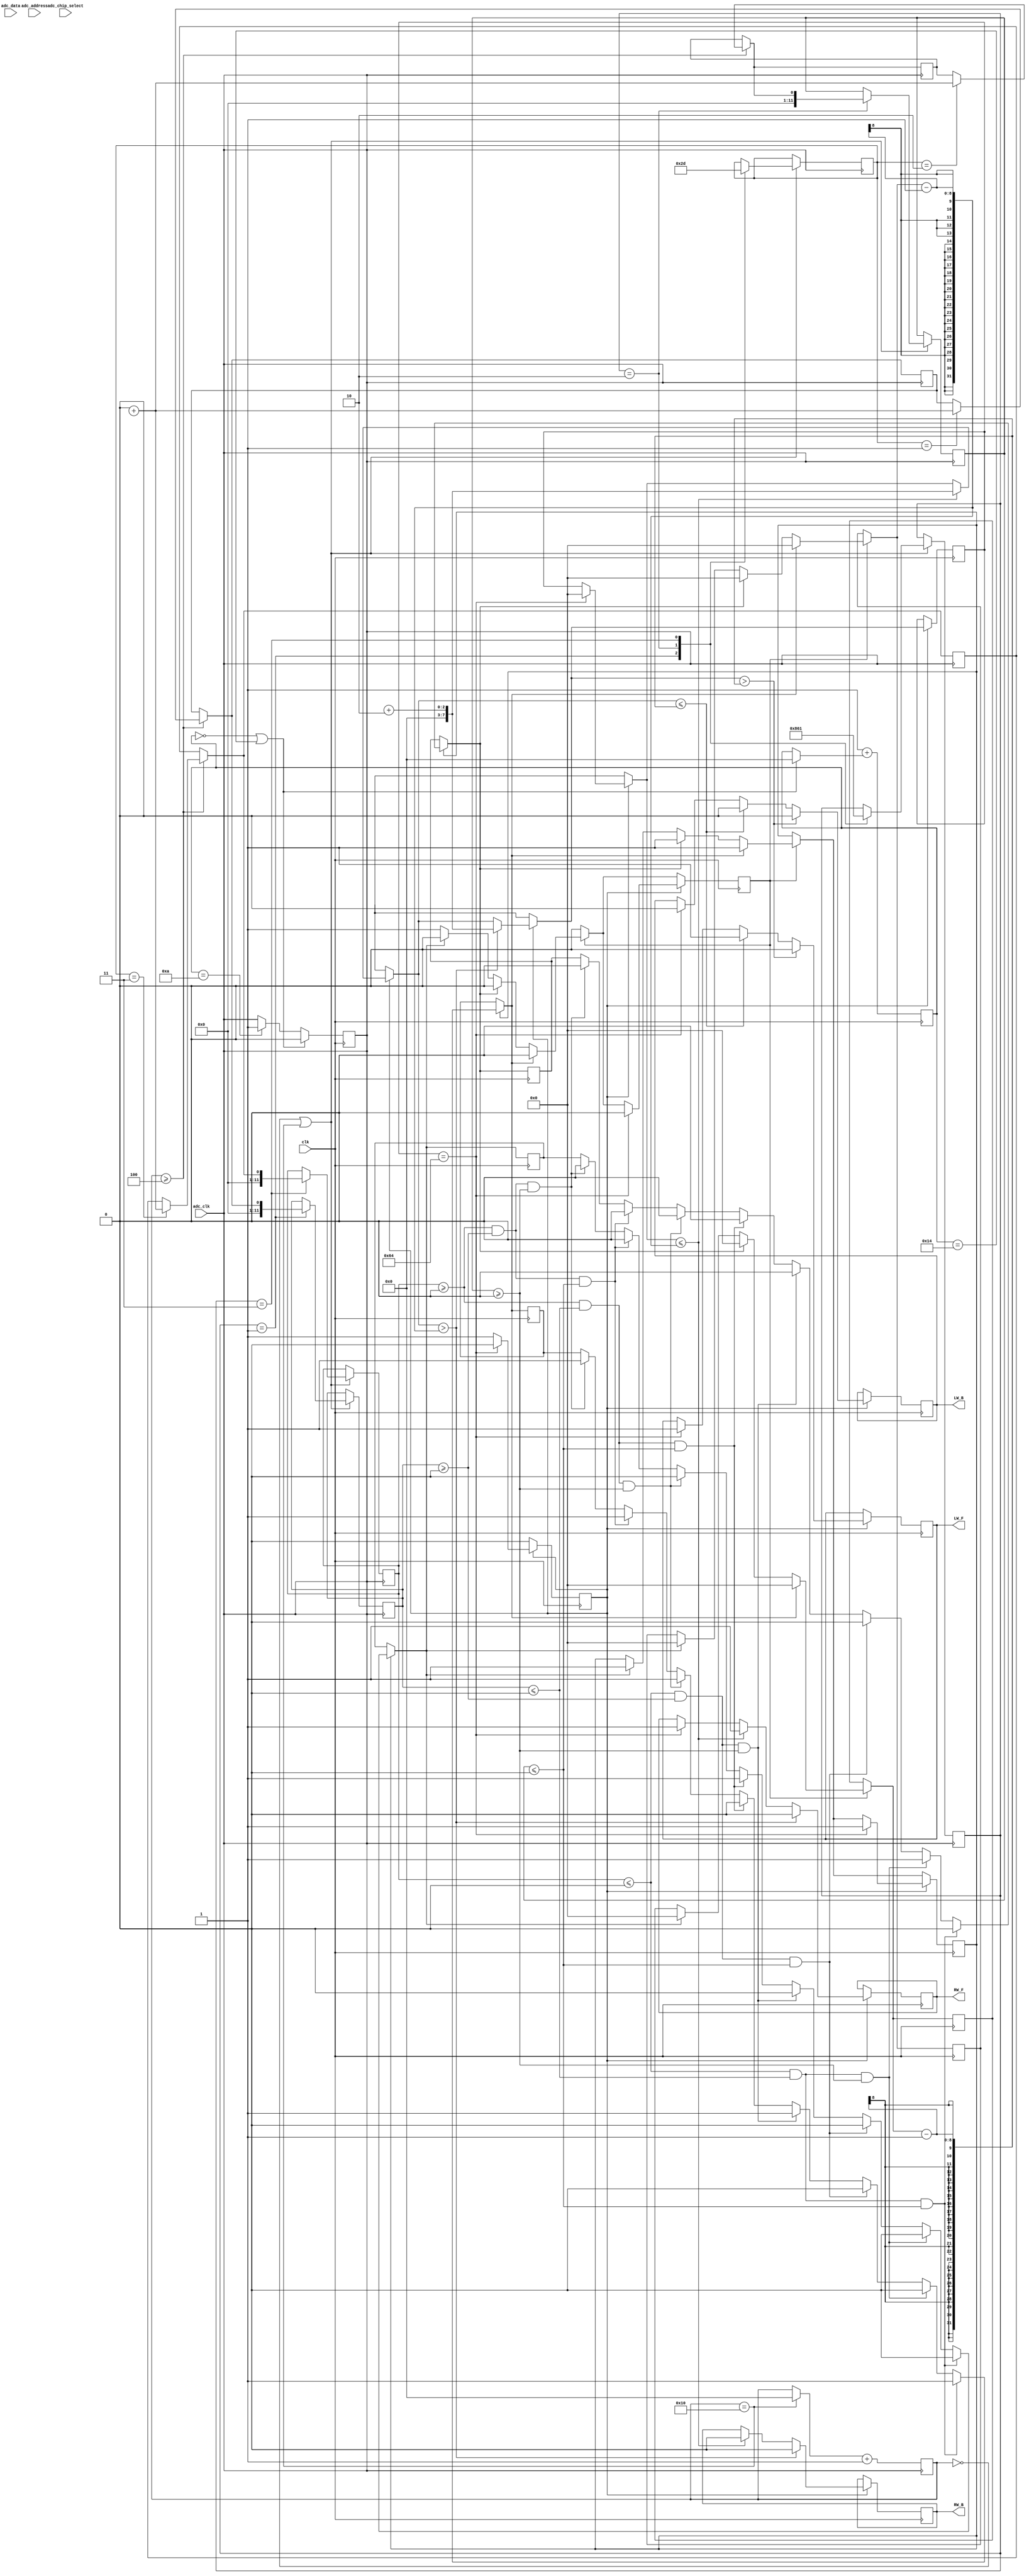
module line_follower (

      // GLOBAL CLOCK 
		
		input clk ,
	 
	  // ADC DATA AND ADDRESS DECLARATION  
	 
      input adc_data ,
	   input adc_chip_select ,
	   input adc_address ,
	   input adc_clk ,	
		 
		output RW_F ,              // Right wheel front side  
		output RW_B ,					// Right wheel front side
		output LW_F ,					// Left wheel  front side
		output LW_B 					// Left wheel  front side
		
		
		
	) ;


// --- ADC PARAMETERS INITALIZATION 
	
	
// ___ adc clock declarations ___ 
	
reg    [4:0]counter_25  = 5'b0 ;
reg    clk_adc          = 0    ;
assign adc_clk          = clk_adc   ;


// ___ adc chip select declarations ___ 

wire   [1:0] chip_select_adc  = 2'b0 ;
assign adc_chip_select        = chip_select_adc ;


// ___ adc address declarations ____ 

reg    address_adc            = 0 ;
assign adc_address           = address_adc ;
reg    [4:0] address_counter = 5'b00 ;

localparam 
				df_1 = 2'b01 ,
			   df_2 = 2'b10 ,
				df_3 = 2'b11 ;
				
reg [1:0]cs = df_1 ;

reg  [4:0]channel_counter = 5'b00 ;

localparam 
            channel_1 = 2'b01 ,
				channel_2 = 2'b10 ,
				channel_3 = 2'b11 ;

reg [4:0] cc = channel_1 ;


// adc data declarations 

reg [11:0] L_linesensor = 0 ; 		  // channel 5 of ADC
reg [11:0] C_linesensor = 0 ;         // channel 6 of ADC	
reg [11:0] R_linesensor = 0 ;         // channel 7 of ADC

reg [11:0] Data_ch5 = 0 ;
reg [11:0] Data_ch6 = 0 ;
reg [11:0] Data_ch7 = 0 ;

localparam 
            data_1 = 2'b01 ,
				data_2 = 2'b10 ,
				data_3 = 2'b11 ;
				
reg [1:0] cf = data_1 ;

	
	
// --- MOTOR PARAMATERS INITALIZATION 
	
reg white_threshold 		       		=  0 ; // <---| > 1V 
reg [7:0]lower_dutycycle_threshold  =  0 ; // <---| 20 % 
reg [7:0]upper_dutycycle_threshold  =  0 ; // <---| 90 % 
reg [7:0]stop_dutycycle_threshold   =  0 ; // <---|  0 %

reg [7:0]pwm_counter = 8'b0 ;

reg rw_f = 0 ;
reg rw_b = 0 ;
reg lw_f = 0 ;
reg lw_b = 0 ;

reg [7:0]rw_dutycycle = 0 ;
reg [7:0]lw_dutycycle = 0 ;

assign RW_F =  rw_f ;
assign RW_B =  rw_b ;
assign LW_F =  lw_f ;
assign LW_B =  lw_b ;


reg flag_normal_movement  		= 0  ;
reg flag_right_movement  	   = 0  ;
reg flag_left_movement  		= 0  ;
reg flag_stop_movement        = 0  ;
reg flag_action               = 0  ;
reg flag_decision             = 1  ;


always @ (posedge clk )
begin
	
// --- 	MAIN LOOP WHICH DETECT THRESHOLD AND TAKE DECISION
			
/*      ___ OPERATION NAME ___			___ CONFIGURATION  ( L C R ) ___			___ CASE ___ 		___ ACTION ___*/     
	
// 		    OFF TRACK             				     W W W 	                           1						STOP 
//			    LEFT SHIFT							        W W B                             2						RIGHT MOVEMENT
//		     NORMAL OPERATION        			        W B W                             3						NORMAL FORWARD 
//          NOT POSSIBLE                          W B B 		                        4						STOP
//          RIGHT SHIFT				                 B W W                             5						LEFT MOVEMENT
//          NOT POSSIBLE                          B W B                             6						STOP
//          NOT POSSIBLE                          B B W  	                        7						STOP
//         NODE DETECTION 				              B B B                             8						STOP


if ( flag_decision == 1 )
begin

// CASE : 1 
	
	if ( L_linesensor <= white_threshold & C_linesensor <= white_threshold & R_linesensor <= white_threshold)
	begin 
	
		flag_normal_movement  		= 0  ;
		flag_right_movement  	   = 0  ;
		flag_left_movement  		   = 0  ;
		flag_stop_movement         = 1  ;
		
	end 
	

// CASE : 2 
	
	else if ( L_linesensor <= white_threshold & C_linesensor <= white_threshold & R_linesensor >= white_threshold)
	begin
	
		flag_normal_movement  		= 0  ;
		flag_right_movement  	   = 1  ;
		flag_left_movement  		   = 0  ;
		flag_stop_movement         = 0  ;
		
	end
	
	
// CASE : 3 
		
	else if ( L_linesensor <= white_threshold & C_linesensor >= white_threshold & R_linesensor <= white_threshold)
	begin
	
		flag_normal_movement  		= 1  ;
		flag_right_movement  	   = 0  ;
		flag_left_movement  		   = 0  ;
		flag_stop_movement         = 0  ;
		
	end
	
	
// CASE : 4 
	
	else if ( L_linesensor <= white_threshold & C_linesensor >= white_threshold & R_linesensor >= white_threshold)
	begin
	
		flag_normal_movement  		= 0  ;
		flag_right_movement  	   = 0  ;
		flag_left_movement  		   = 0  ;
		flag_stop_movement         = 1  ;

		
	end
	
	
// CASE : 5 
		
	else if ( L_linesensor >= white_threshold & C_linesensor <= white_threshold & R_linesensor <= white_threshold)
	begin
	
		flag_normal_movement  		= 0  ;
		flag_right_movement  	   = 0  ;
		flag_left_movement  		   = 1  ;
		flag_stop_movement         = 0  ;
	
	end
	

// CASE : 6 
		
	else if ( L_linesensor >= white_threshold & C_linesensor <= white_threshold & R_linesensor >= white_threshold)
	begin
	
		flag_normal_movement  		= 0  ;
		flag_right_movement  	   = 0  ;
		flag_left_movement  		   = 0  ;
		flag_stop_movement         = 1  ;

	end
	
	
// CASE : 7  
	
	else if ( L_linesensor >= white_threshold & C_linesensor >= white_threshold & R_linesensor <= white_threshold)
	begin
	
		flag_normal_movement  		= 0  ;
		flag_right_movement  	   = 0  ;
		flag_left_movement  		   = 0  ;
		flag_stop_movement         = 1  ;

		
	end
	
	 
// CASE : 8 	
	
	else if ( L_linesensor >= white_threshold & C_linesensor >= white_threshold & R_linesensor >= white_threshold)
	begin

		flag_normal_movement  		= 0  ;
		flag_right_movement  	   = 0  ;
		flag_left_movement  		   = 0  ;
		flag_stop_movement         = 1  ;
	
	end

end 	

	
	
// --- PART OF CODE WHICH WILL DECIDE HOW MUCH PWM TO SUPPLY TO LEFT AND RIGHT MOTORS 
	
/*      ___ FLAG RAISED ___        ___ DUTY CYCLES ___   */
 
//          stop_movement                 left  : 0 %
//                                        right : 0 %
          
//          right_movement                left  : lower dutycycle threshold ( eg  : 20 % ) 
//                                        right : upper dutycycle threshold ( eg  : 90 % )

//          left_movement                 left  :  upper dutycycle threshold ( eg : 20 % )
//                                        right :  lower dutycycle threshold ( eg : 90 % )

//          normal_movement               left  :  upper dutycycle threshold ( eg : 90 % )
//                                        right :  upper dutycycle threshold ( eg : 90 % )
 	
	
if (flag_action == 1 )
begin

	if ( flag_stop_movement == 1 )
	begin
	
		rw_dutycycle = stop_dutycycle_threshold ;
	   lw_dutycycle = stop_dutycycle_threshold ;	
		flag_action   = 0 ;
		flag_decision = 1 ;
	
	end 
	
	
	
	else if (flag_right_movement == 1)
	begin 
	
		rw_dutycycle = upper_dutycycle_threshold  ;
		lw_dutycycle = lower_dutycycle_threshold  ;
		flag_action   = 0 ;
		flag_decision = 1 ;
		
	end 
	
	
	
	else if (flag_left_movement == 1)
	begin 
	
		lw_dutycycle = upper_dutycycle_threshold  ;
		rw_dutycycle = lower_dutycycle_threshold  ;
		flag_action   = 0 ;
		flag_decision = 1 ;
	
	end

	
	
	else if (flag_right_movement == 1)
	begin 
	
		rw_dutycycle = upper_dutycycle_threshold  ;
		lw_dutycycle = upper_dutycycle_threshold  ;
		flag_action   = 0 ;
		flag_decision = 1 ;
		
	end 

end 


if (flag_pwm == 1 )
begin 


	if ( pwm_counter == 8'b01100100 )
		begin 
				pwm_counter    =  8'b00 ;
				rw_f           =  1  ;
				ew_b           =  0  ;
				lw_f           =  1  ;
				lw_b           =  0  ;
				flag_pwm       =  0  ; 
				flag_action    =  0  ;
		      flag_decision  =  1  ;
		end 
				

				
	if( pwm_counter <= rw_dutycycle - 1 )
		begin	
				rw_f = 1 ;
				rw_b = 0 ;
				pwm_counter = counter + 8'b10 ;	
		end 
				
				
				
	if ( pwm_counter <= lw_dutycycle - 1)
		begin
        		lw_f = 1 ;
				lw_b = 0 ;

		end
				
				
	if ( pwm_counter > rw_dutycycle - 1 )
		begin 
				rw_f = 0 ;
				rw_b = 0 ;
				pwm_counter = counter + 8'b10 ;
		end
	
	
	if ( pwm_counter > lw_dutycycle - 1 )
		begin 
           lw_f = 0 ;
			  lw_b = 0 ; 
		end 


end 
end


// ---- 2.5 MHz clock for adc 


always @ (negedge clk )
begin	

		if ( counter_25 == 5'b0 | counter_25 == 5'b10100)
		begin

   		clk_adc     = 0    ;
			counter_25  = 5'b0 ;
			
		end 
		
		else if ( counter_25 == 5'b01010) 
		begin
	
      	clk_adc = 1 ;
		
		end
		
		counter_25 = 5'b1 + counter_25 ;

end


// ___ address of next channel ___ 

always @(negedge adc_sck)
begin

 
	if (address_counter == 5'b01 | address_counter == 5'b10 | address_counter == 5'b011)
	begin
		case (cs)
			
			df_1 : begin
			if      (address_counter == 5'b01)  begin address_adc = 1 ; end 
			else if (address_counter == 5'b10)  begin address_adc = 0 ; end 
			else if (address_counter == 5'b011) begin address_adc = 1 ; cs = df_2; end 
			       end 
					 
			df_2 : begin
			if      (address_counter == 5'b01)  begin address_adc = 1 ; end 
			else if (address_counter == 5'b10)  begin address_adc = 1 ; end 
			else if (address_counter == 5'b011) begin address_adc = 0 ; cs = df_3 ; end 
			       end 
					 
			df_3 : begin
			if      (address_counter == 5'b01)  begin address_adc = 1 ; end 
			else if (address_counter == 5'b10)  begin address_adc = 1 ; end 
			else if (address_counter == 5'b011) begin address_adc = 1 ; cs = df_1 ;end 
			      end
					

	endcase 
	end
	
	else if (address_counter == 5'b101)
	begin
	
	   address = 0 ;
		
	end 
	
	else if (address_counter == 5'b10000)
	begin 
	
		address_counter = 0 ;
		
	end
	
	address_counter = address_counter + 1 ;
	
end 	



// ___ data receive and storing in global variable 


always @(negedge clk_adc)
begin

	if (channel_counter >= 5'b100)
	begin
		case (cf)
			
			data_1 : begin	
						Data_1 = Data_1 << 1 ;
						Data_1 = Data_1 + dout ;
			         end
			
			
			data_2 : begin	
						Data_2 = Data_2 << 1 ;
						Data_2 = Data_2 + dout ;
			         end
			
			data_3 : begin	
						Data_3 = Data_3 << 1 ;
						Data_3 = Data_3 + dout ;
			         end
			
	endcase 	
	end
	

	if (channel_counter == 5'b00 | channel_counter == 5'b10000 )
	begin
		case (cc)
		
		channel_1 : 
		            begin
		
						C_linesensor  = Data_1  ;
						cc            = channel_2 ;
						cf            = data_2 ;

			
						end
						
						
		channel_2 :
						begin 
						
						R_linesensor  = Data_2  ;
						cc            = channel_3 ;
						cf            = data_3 ;
					
						end 
						
						
		channel_3 : 
						begin 
						
						L_linesensor  = Data_3 ;
						cc            = channel_1 ;
						cf            = data_1 ;
					
						end 				
						
		endcase 
	 end
	
	
	if (channel_counter == 5'b10000)
	begin 
		channel_counter = 5'b00 ;
	end
	
	channel_counter = channel_counter + 1 ;
end
endmodule